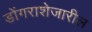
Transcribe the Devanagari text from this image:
डोंगराशेजारील